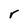
Character: r